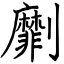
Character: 劘